Plague in India, 1896, 1897 - Volume 3
Year: 1896
Disease focus: Plague
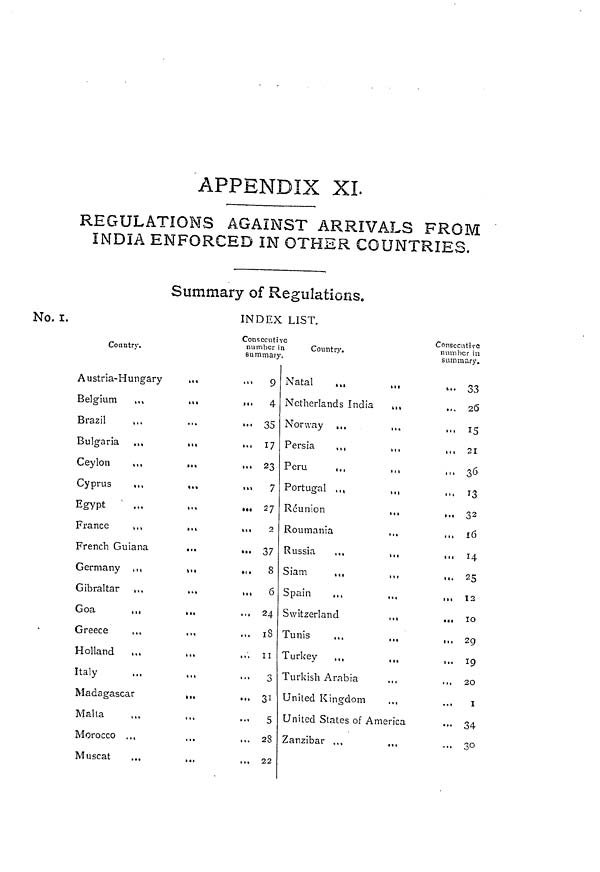
APPENDIX XL
REGULATIONS AGAINST ARRIVALS FROM
INDIA ENFORCED IN OTHER COUNTRIES.
Summary of Regulations.
No. i.
INDEX LIST.
Country.
Austria-Hungary
Belgium
,.,
• •«
Brazil
Bulgaria .,,
»•
Ceylon
,,,
».»
Cyprus
,,,
...
Egypt ' ...
France
>.,
..»
French Guiana
...
Germany ...
»••
Gibraltar ,,.
...
Goa
,ii
...
Greece
,,.
Holland
...
Italy
Madagascar
,,,
Malta
Morocco ...
Muscat
Consecutiv
number in
summary.
.,, 9
... 4
... 35
... 17
... 23
• » 7
... 27
ni
2
... 37
... s
... 6
.., 24
... 18
... u
'••
3
... 31
... 5
,,. 28
... 22
e
Country.
Natal
Netherlands India
,,,
N'onvay ...
,«.
Persia
,,,
,,,
Peru
,.,
,,,
Portugal ,,,
.,,
Reunion
,,,
Roumania
Russia
,,,
,,,
Siam
,,,
,,,
Spain
...
,,.
Switzerland
,,,
Tunis
...
,,.
Turkey
...
,,.
Turkish Arabia
,,,
Uniled Kingdom
United States of America
Zanzibar ,,.
Consecutive
number in
summary.
'•• 33
...
20
... 15
... 21
,.,
36
...
13
... 32
... 16
... 14
... 25
,.,
12
...
10
... 29
...
IQ
... 20
I
•" 34
... 30